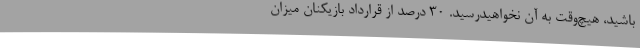
باشید، هیچ‌وقت به آن نخواهیدرسید. 30 درصد از قرارداد بازیکنان میزان